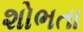
શોભતા